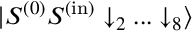
{ | S ^ { ( 0 ) } S ^ { ( \mathrm { i n } ) } \downarrow _ { 2 } . . . \downarrow _ { 8 } \rangle }